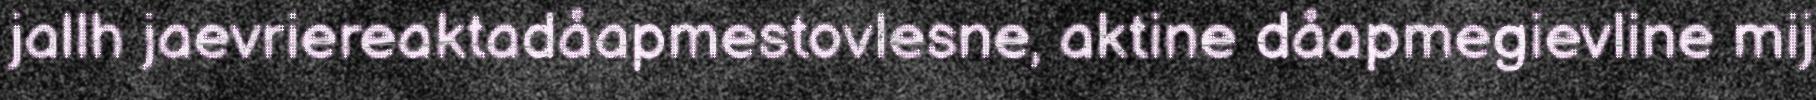
jallh jaevriereaktadåapmestovlesne, aktine dåapmegievline mij